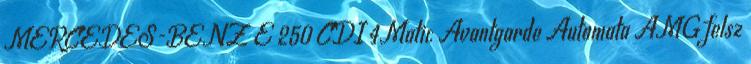
MERCEDES-BENZ E 250 CDI 4Matic Avantgarde Automata AMG felsz